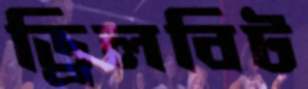
ড্রিলবিট